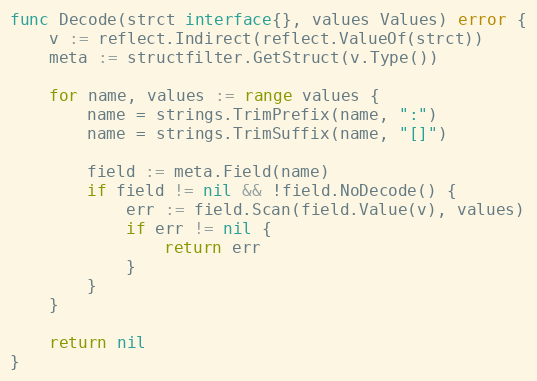
Language: Go
func Decode(strct interface{}, values Values) error {
	v := reflect.Indirect(reflect.ValueOf(strct))
	meta := structfilter.GetStruct(v.Type())

	for name, values := range values {
		name = strings.TrimPrefix(name, ":")
		name = strings.TrimSuffix(name, "[]")

		field := meta.Field(name)
		if field != nil && !field.NoDecode() {
			err := field.Scan(field.Value(v), values)
			if err != nil {
				return err
			}
		}
	}

	return nil
}